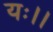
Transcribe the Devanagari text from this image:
यः।।